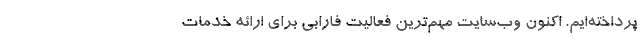
پرداخته‌ایم. اکنون وب‌سایت مهم‌ترین فعالیت فارابی برای ارائه خدمات